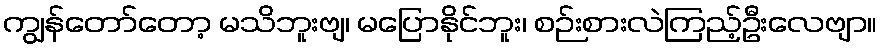
ကျွန်တော်တော့ မသိဘူးဗျ၊ မပြောနိုင်ဘူး၊ စဉ်းစားလဲကြည့်ဦးလေဗျာ။